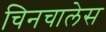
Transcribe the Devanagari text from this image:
चिनचालेस